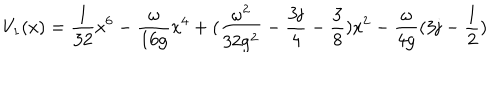
V _ { 1 } ( \mathrm { x ) = \frac { 1 } { 3 2 } \mathrm { x ^ { 6 } - \frac { \ o m e g a } { 1 6 \mathrm { g } } \mathrm { x ^ { 4 } + ( \frac { \ o m e g a ^ { 2 } } { 3 2 \mathrm { g ^ { 2 } } } - \frac { 3 j } { 4 } - \frac { 3 } { 8 } ) \mathrm { x ^ { 2 } - \frac { \ o m e g a } { 4 \mathrm { g } } ( 3 j - \frac { 1 } { 2 } ) } } } }